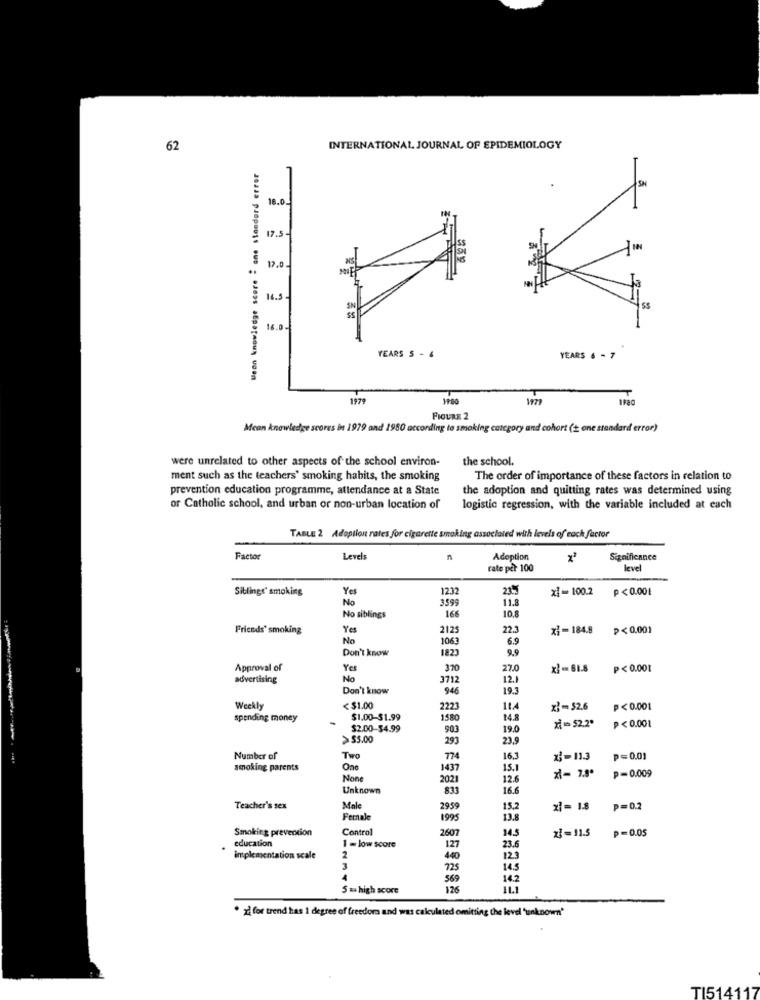
62
INTERNATIONAL JOURNAL OF EPIDEMIOLOGY
Weon knowledge score - one standard error
16.0-
7.5
19.0
16.5
SS
16.0-
YEARS S - 4
YEARS 6 - 7
1979
1980
FIGURE 2
Mean knowledge scores in 1979 and 1980 according to smoking category and cohort (2 one standard error)
were unrelated to other aspects of the school environ-
the school.
ment such as the teachers' smoking habits, the smoking
The order of importance of these factors in relation to
prevention education programme, attendance at a State
the adoption and quitting rates was determined using
or Catholic school, and urban or non-urban location of
logistic regression, with the variable included at each
TABLE 2 Adoption rates for cigarette smoking associated with levels of each factor
Factor
Level
Adoption
Significance
rate per 100
level
Siblings' smoking
Yel
1232
23
xi-100.2
p <0.00₺
No
3599
11.8
No siblings
166
10,8
Friends' smoking
Yes
2125
22.3
xi-184.8
P<0.001
No
1063
6.9
Don't know
1823
9.9
Approval of
Yes
370
27.0
x ?- 61.8
P<0.001
advertising
No
3712
12.1
Don't know
946
19.3
Weekly
< $1.00
2223
114
x) =$2.6
P<0.001
spending money
$1.00-$1.99
1580
14.8
2=52.2º
$2.00-34.99
903
19.0
P<0.001
>$5.00
293
23.9
Number of
Two
774
16.3
x ;- 113
p=0.01
smoking parents
One
1437
15.1
zł- 7.8º
p=0.009
2021
12.6
Unknown
833
16.6
Teacher's sex
Male
2959
15,2
xi = 1.8
p=0.2
Female
1995
13.8
Smoking prevention
Control
2607
14.5
zł = 11.5
p=0.05
1 = low score
23.6
education
127
implementation scale
2
440
12.3
3
725
14.5
569
14.2
5 = high score
126
· > for trend has i degree of freedom and was calculated omitting the level "unknown"
TI514117